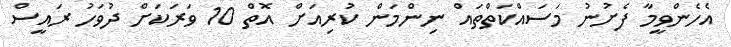
އެހެންވީމާ ފެށުނު މަސައްކަތްތައް ނިންމަން ކުރިއަށް އޮތް 10 ވަރަކަށް ދުވަހު ރައީސް